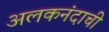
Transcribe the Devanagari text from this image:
अलकनंदाची